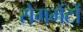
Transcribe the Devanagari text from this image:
सेगमेंटों